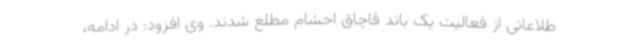
طلاعاتی از فعالیت یک باند قاچاق احشام مطلع شدند. وی افزود: در ادامه،